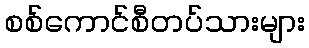
စစ်ကောင်စီတပ်သားများ